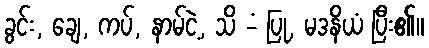
ခွင်း, ချေ, ကပ်, နာမ်ငဲ့, သိ -ံ ပြု, မဒနိယံ ပြီး၏။